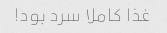
غذا کاملا سرد بود!